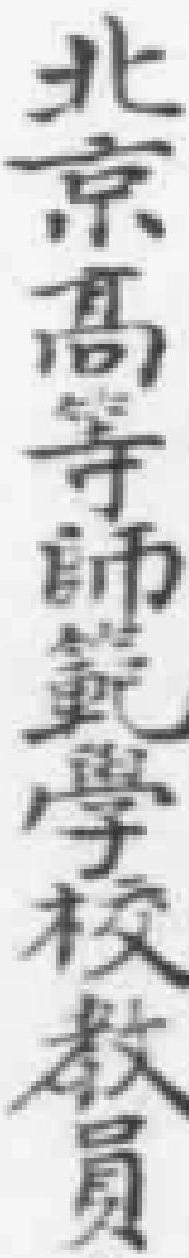
北京高等師範學校教員